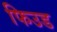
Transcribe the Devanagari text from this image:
फिउड